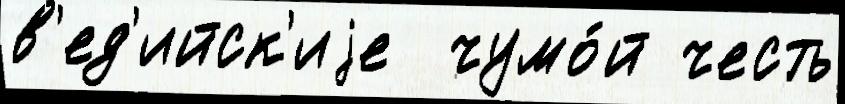
в'ед'ийск'иjе  чумо́й честь